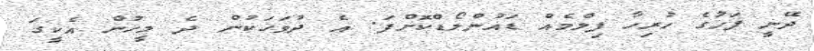
ދޭނީ ފަހުގެ ހުރިހާ ފިލްމެއް ޑައުންލޯޑްކޮށްފަ. އެ ދުވަހަކުން ދެ މީހުން އެކީގަ